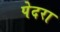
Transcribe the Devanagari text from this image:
पेदरा